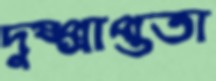
দুষ্প্রাপ্ততা